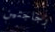
زجاجتين